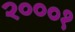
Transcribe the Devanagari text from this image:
२०००१